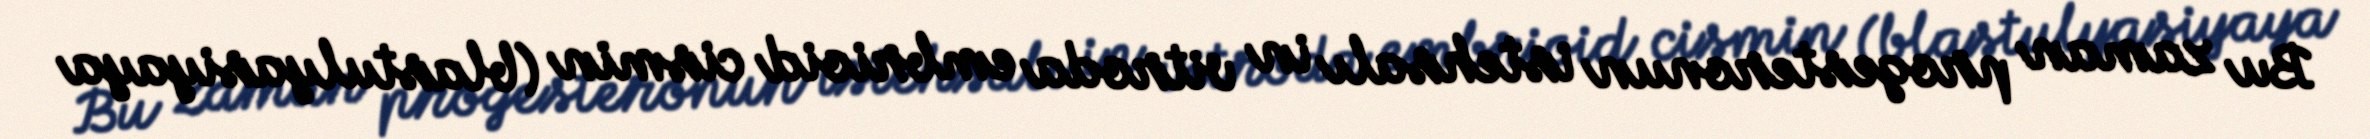
Bu zaman progesteronun istehsalı in vitroda embrioid cismin (blastulyasiyaya